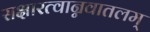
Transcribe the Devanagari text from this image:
सक्षारत्वान्नवातलम्